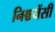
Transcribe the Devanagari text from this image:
निश्चयेंसी